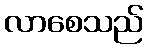
လာစေသည်